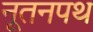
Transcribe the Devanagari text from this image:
नूतनपथ